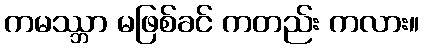
ကမဿ္ဘာ မဖြစ်ခင် ကတည်း ကလား။